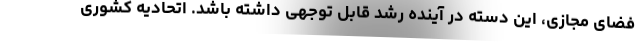
فضای مجازی، این دسته در آینده رشد قابل توجهی داشته باشد. اتحادیه کشوری